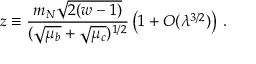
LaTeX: z \equiv { \frac { m _ { N } \sqrt { 2 ( w - 1 ) } } { ( \sqrt { \mu _ { b } } + \sqrt { \mu _ { c } } ) ^ { 1 / 2 } } } \left( 1 + { \cal O } ( \lambda ^ { 3 / 2 } ) \right) \, .